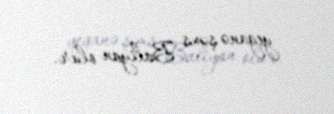
yeganə şəxs Baliyan olur.